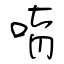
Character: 唷